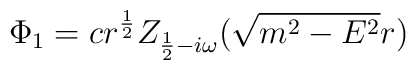
\Phi _1=cr^{\frac 12}Z_{\frac 12-i\omega }(\sqrt{m^2-E^2}r)